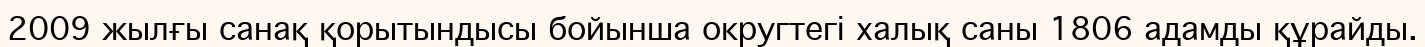
2009 жылғы санақ қорытындысы бойынша округтегі халық саны 1806 адамды құрайды.